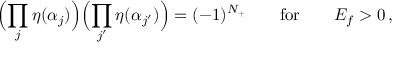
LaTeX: \Bigl ( \prod _ { j } \eta ( \alpha _ { j } ) \Bigr ) \Bigl ( \prod _ { j ^ { \prime } } \eta ( \alpha _ { j ^ { \prime } } ) \Bigr ) = ( - 1 ) ^ { N _ { + } } \qquad \mathrm { f o r } \qquad E _ { f } > 0 \, ,